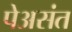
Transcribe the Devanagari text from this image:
पेअसंत